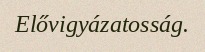
Elővigyázatosság.